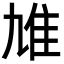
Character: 䧱